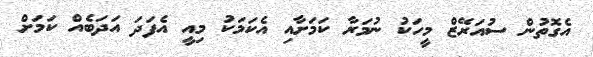
އެގޮތުން ސުއަރޭޒް މީހަކު ނުމަރާ ކަމަށާއި އެކަމަކު މިއީ އެފަދަ އަދަބެއް ކަމަށް